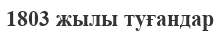
1803 жылы туғандар